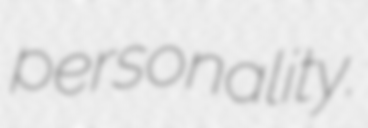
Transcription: personality.